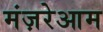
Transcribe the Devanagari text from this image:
मंज़रेआम